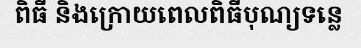
ពិធី និងក្រោយពេលពិធីបុណ្យទន្លេ